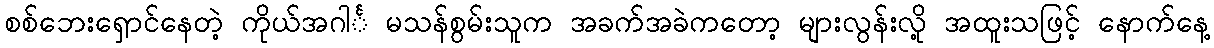
စစ်ဘေးရှောင်နေတဲ့ ကိုယ်အဂါင်္ မသန်စွမ်းသူက အခက်အခဲကတော့ များလွန်းလို့ အထူးသဖြင့် နောက်နေ့